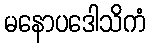
မနောပဒေါသိကံ